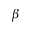
\beta